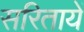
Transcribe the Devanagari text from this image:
सरितायें